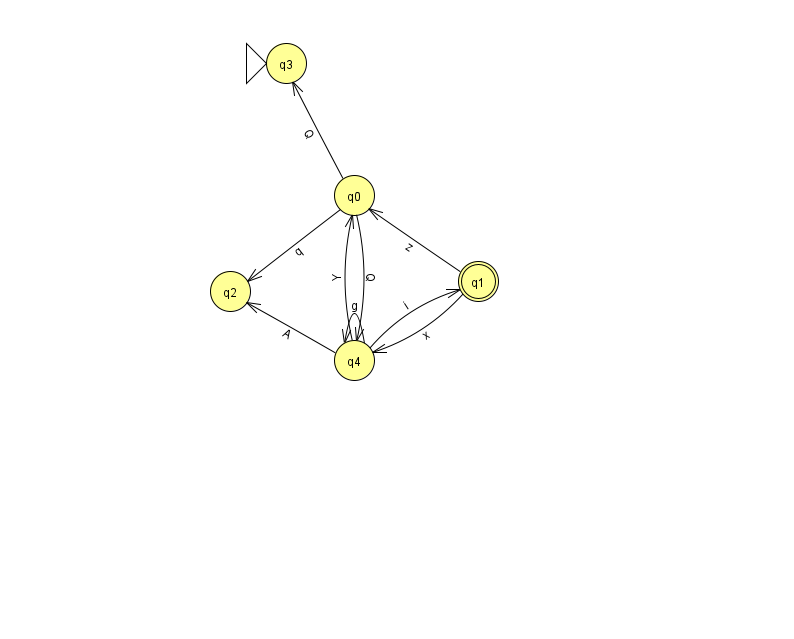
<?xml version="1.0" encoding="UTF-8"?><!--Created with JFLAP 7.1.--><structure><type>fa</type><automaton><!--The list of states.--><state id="0" name="q0"><x>354.0</x><y>182.0</y></state><state id="1" name="q1"><x>478.0</x><y>268.0</y><final/></state><state id="2" name="q2"><x>230.0</x><y>278.0</y></state><state id="3" name="q3"><x>286.0</x><y>50.0</y><initial/></state><state id="4" name="q4"><x>354.0</x><y>347.0</y></state><!--The list of transitions.--><transition><from>0</from><to>2</to><read>q</read></transition><transition><from>4</from><to>0</to><read>Y</read></transition><transition><from>4</from><to>1</to><read>i</read></transition><transition><from>1</from><to>4</to><read>x</read></transition><transition><from>4</from><to>4</to><read>g</read></transition><transition><from>1</from><to>0</to><read>z</read></transition><transition><from>4</from><to>2</to><read>A</read></transition><transition><from>0</from><to>4</to><read>Q</read></transition><transition><from>0</from><to>3</to><read>Q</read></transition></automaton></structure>